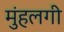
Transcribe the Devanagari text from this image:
मुंहलगी